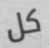
كل